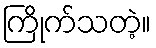
ကြိုက်သတဲ့။